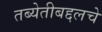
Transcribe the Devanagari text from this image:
तब्येतीबद्दलचे